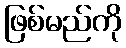
ဖြစ်မည်ကို